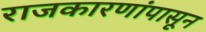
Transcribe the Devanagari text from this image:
राजकारणांपासून